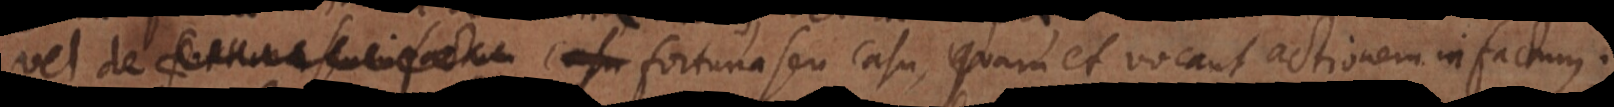
vel de fortuna seu casu, quam et vocant actionem in factum.